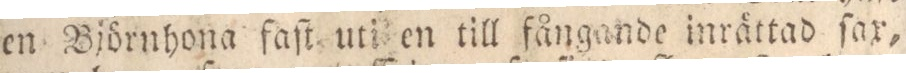
en Björnhona faſt uti en till fångande inrättad ſax,